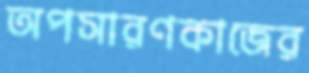
অপসারণকাজের